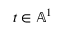
t \in \mathbb { A } ^ { 1 }